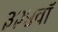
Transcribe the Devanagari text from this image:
३२४वॉ